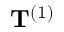
\mathbf { T } ^ { ( 1 ) }